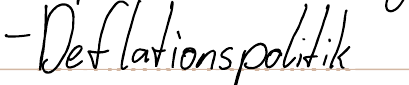
- Deflationspolitik